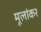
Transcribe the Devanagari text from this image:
मूलांकर